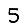
Digit: 5